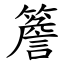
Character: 簷